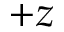
+ z